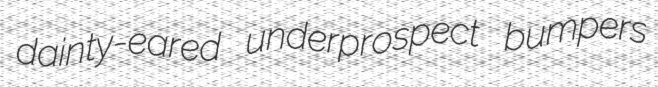
dainty-eared underprospect bumpers